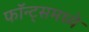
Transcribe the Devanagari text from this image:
फॉन्ट्‌समध्ये